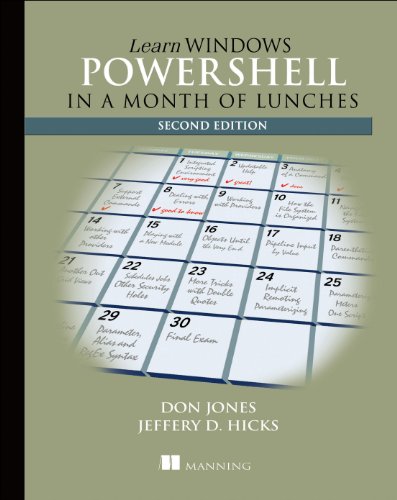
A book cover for Learn Windows PowerShell 3 in a Month of Lunches; Don Jones; Computers & Technology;